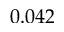
0 . 0 4 2